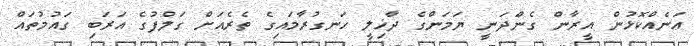
އަނެއްކޮޅުން އީރާން ގެންދަނީ ޔަމަންގެ ދާޚިލީ ހަނގުރާމައިގެ ތެރެއަށް ގަލްފުގެ އަރަބި ގައުމުތައް